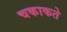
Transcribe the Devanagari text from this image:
चकाकते